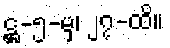
ဋ္ဌ-၅-မှ၊ ၂၇-ထိ။